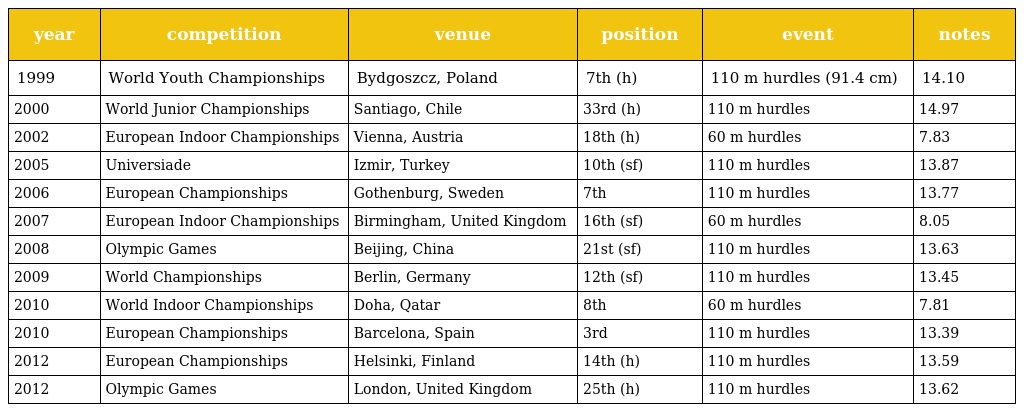
| year | competition | venue | position | event | notes |
 | --- | --- | --- | --- | --- | --- |
 | 1999 | World Youth Championships | Bydgoszcz, Poland | 7th (h) | 110 m hurdles (91.4 cm) | 14.10 |
 | 2000 | World Junior Championships | Santiago, Chile | 33rd (h) | 110 m hurdles | 14.97 |
 | 2002 | European Indoor Championships | Vienna, Austria | 18th (h) | 60 m hurdles | 7.83 |
 | 2005 | Universiade | Izmir, Turkey | 10th (sf) | 110 m hurdles | 13.87 |
 | 2006 | European Championships | Gothenburg, Sweden | 7th | 110 m hurdles | 13.77 |
 | 2007 | European Indoor Championships | Birmingham, United Kingdom | 16th (sf) | 60 m hurdles | 8.05 |
 | 2008 | Olympic Games | Beijing, China | 21st (sf) | 110 m hurdles | 13.63 |
 | 2009 | World Championships | Berlin, Germany | 12th (sf) | 110 m hurdles | 13.45 |
 | 2010 | World Indoor Championships | Doha, Qatar | 8th | 60 m hurdles | 7.81 |
 | 2010 | European Championships | Barcelona, Spain | 3rd | 110 m hurdles | 13.39 |
 | 2012 | European Championships | Helsinki, Finland | 14th (h) | 110 m hurdles | 13.59 |
 | 2012 | Olympic Games | London, United Kingdom | 25th (h) | 110 m hurdles | 13.62 |